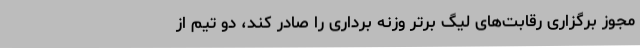
مجوز برگزاری رقابت‌های لیگ برتر وزنه برداری را صادر کند، دو تیم از